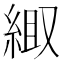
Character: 𫃦